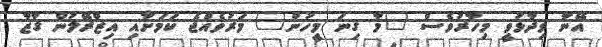
އޭނާ ވިދާޅުވީ މިހާރުވެސް "މާ ގިނަ މީހުން" މަރުވެއްޖެ ކަމަށާއި އިޒްރޭލުން ގާޒާ